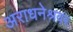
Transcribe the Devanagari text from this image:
अराधनेश्रवर